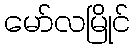
မော်လမြိုင်